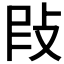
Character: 𢼖